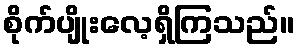
စိုက်ပျိုးလေ့ရှိကြသည်။